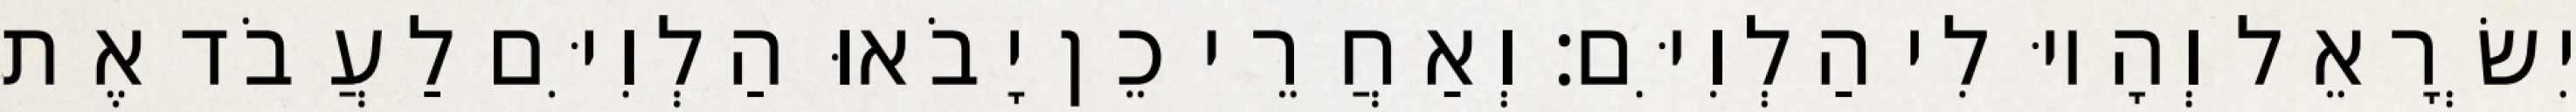
יִשְׂרָאֵל וְהָיוּ לִי הַלְוִיִּם׃ וְאַחֲרֵי כֵן יָבֹאוּ הַלְוִיִּם לַעֲבֹד אֶת